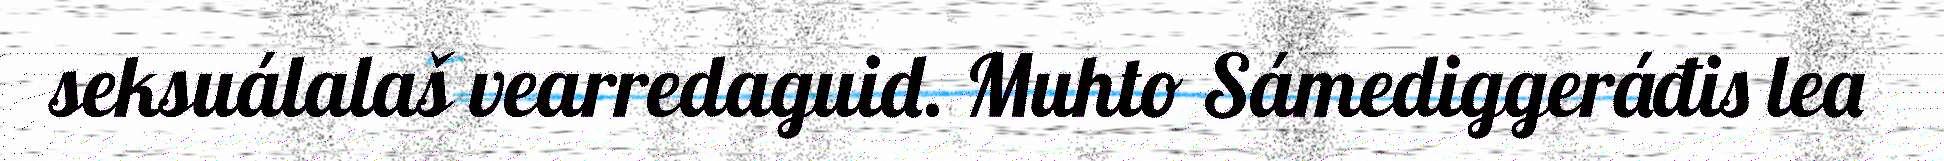
seksuálalaš vearredaguid. Muhto Sámediggeráđis lea